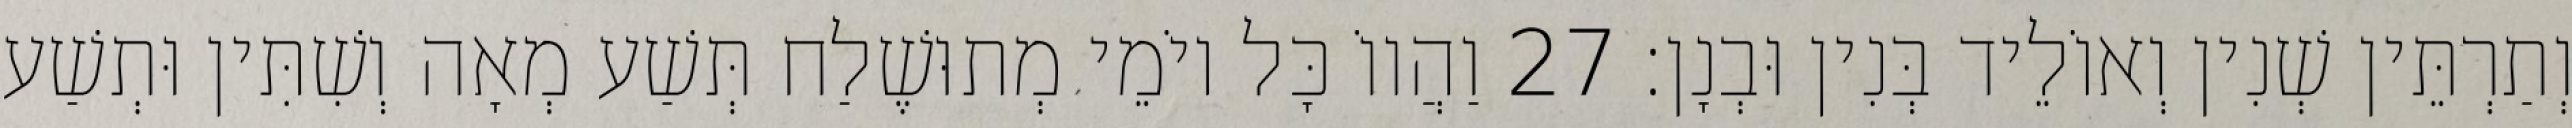
וְתַרְתֵּין שְׁנִין וְאוֹלֵיד בְּנִין וּבְנָן׃ 27 וַהֲווֹ כָּל יוֹמֵי מְתוּשֶׁלַח תְּשַׁע מְאָה וְשִׁתִּין וּתְשַׁע